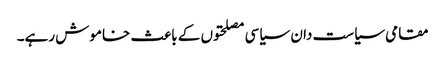
مقامی سیاست دان سیاسی مصلحتوں کے باعث خاموش رہے۔